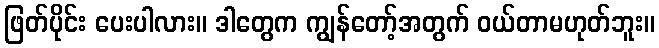
ဖြတ်ပိုင်း ပေးပါလား။ ဒါတွေက ကျွန်တော့်အတွက် ဝယ်တာမဟုတ်ဘူး။